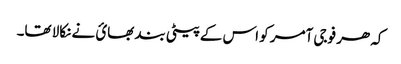
کہ ھر فوجی آمر کو اس کے پیٹی بند بھائ نے نکالا تھا۔